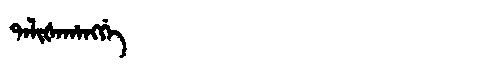
Manchu: ᡨᠠᠯᡳᡧᠠᡥᠠᠩᡤᡝ
Romanization: TALIŠAHANGGE